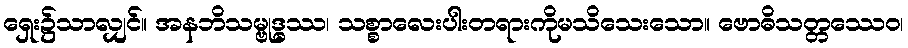
ရှေး၌သာလျှင်။ အနဘိသမ္ဗုဒ္ဓဿ၊ သစ္စာလေးပါးတရားကိုမသိသေးသော။ ဗောဓိသတ္တဿေဝ၊